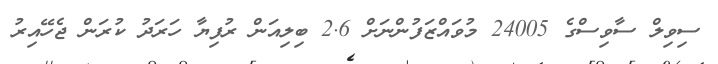
ސިވިލް ސާވިސްގެ 24005 މުވައްޒަފުންނަށް 2.6 ބިލިއަން ރުފިޔާ ހަރަދު ކުރަން ޖެހޭއިރު